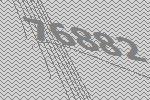
76882